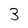
Character: 3